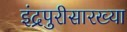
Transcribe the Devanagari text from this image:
इंद्रपुरीसारख्या